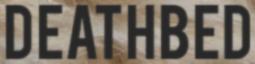
DEATHBED